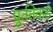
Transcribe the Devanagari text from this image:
पूर्ततेकडे